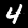
Digit: 4